Papers set at the Examination for Leaving Certificates, 1894
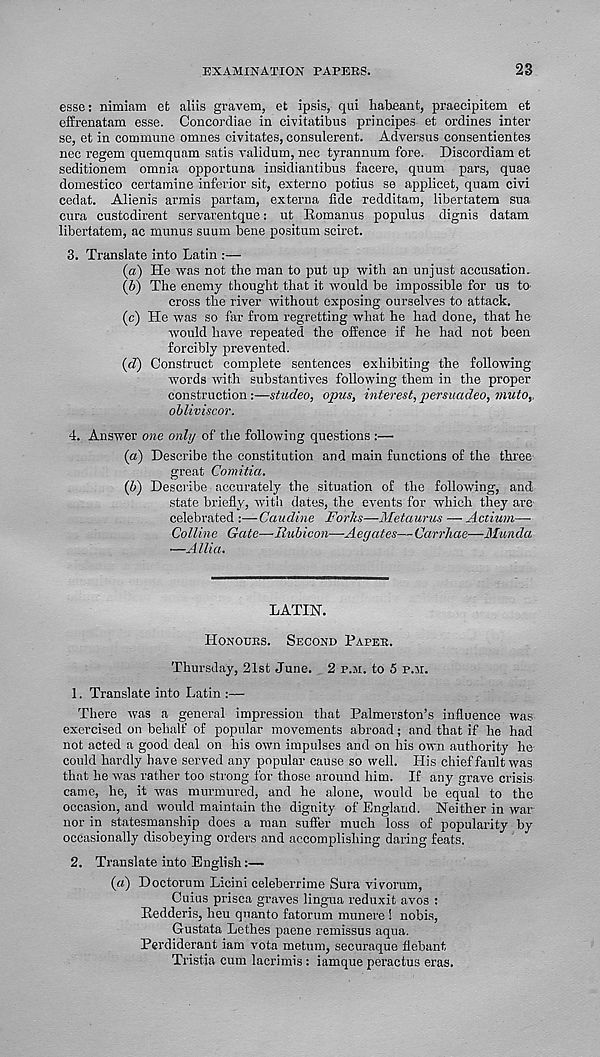
EXAMINATION PAPERS.
23
esse: nimiam efc aliis gravem, et ipsis, qui habeant, praecipitem et
effrenatam esse. Concordiae in cmtatibus principes et ordines inter
se, et in commune omnes civitates, consulerent. Adversus consentientes
nec regem quemquam satis validum, nee tjrannum fore. Discordiam et
seditionem omnia opportuna insidiantibus facere, quum pars, quae
domestico certamine inferior sit, externo potius se applicet, quam civi
cedat. Alienis armis partam, externa fide redditam, libertatem sua
cura custodirent servarentque: ut Romanus populus dignis datam
libertatem, ac munus suum bene positum sciret.
3. Translate into Latin :—
(a) He was not the man to put up with an unjust accusation.
(b) The enemy thought that it would be impossible for us tO'
cross the river without exposing ourselves to attack.
(c) He was so far from regretting what he had done, that he
would have repeated the offence if he had not been
forcibly prevented.
(d) Construct complete sentences exhibiting the following
words with substantives following them in the proper
construction :—studeo, opus, interest, persuadeo, muto,,
obliviscor.
4. Answer one only of the following questions :—
{a) Describe the constitution and main functions of the three
great Comitia.
(b) Describe accurately the situation of the following, and
state briefly, with dates, the events for which they are
celebrated :—Caudine Forks—Metaurus — Actium—-
Colline Gate—Rubicon—Aegates— Carrhae—Munda
—Allia.
LATIN.
Honours. Second Papes.
Thursday, 21st June. 2 p.m. to 5 p.n.
1. Translate into Latin
There was a general impression that Palmerston’s influence was
exercised on behalf of popular movements abroad; and that if he had
not acted a good deal on his own impulses and on his own authority he
could hardly have served any popular cause so well. His chief fault was
that he was rather too strong for those around him. If any grave crisis
came, he, it was murmured, and he alone, would be equal to the
occasion, and would maintain the dignity of England. Neither in war
nor in statesmanship does a man suffer much loss of popularity by
occasionally disobeying orders and accomplishing daring feats.
2. Translate into English:—
(a) Doctorum Licini celeberrime Sura vivorum,
Cuius prisca graves lingua reduxit avos :
Redderis, heu quanto fatorum munere ! nobis,
Gustata Lethes paene remissus aqua.
Perdiderant iam vota metum, securaque flebant
Tristia cum lacrimis: iamque peractus eras.